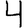
Digit: 4